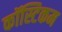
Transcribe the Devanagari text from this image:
कॉस्टिकम